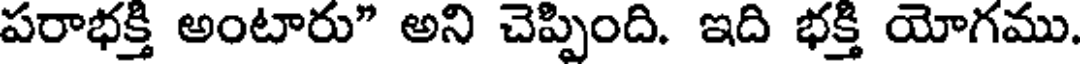
పరాభక్తి అంటారు" అని చెప్పింది. ఇది భక్తి యోగము.